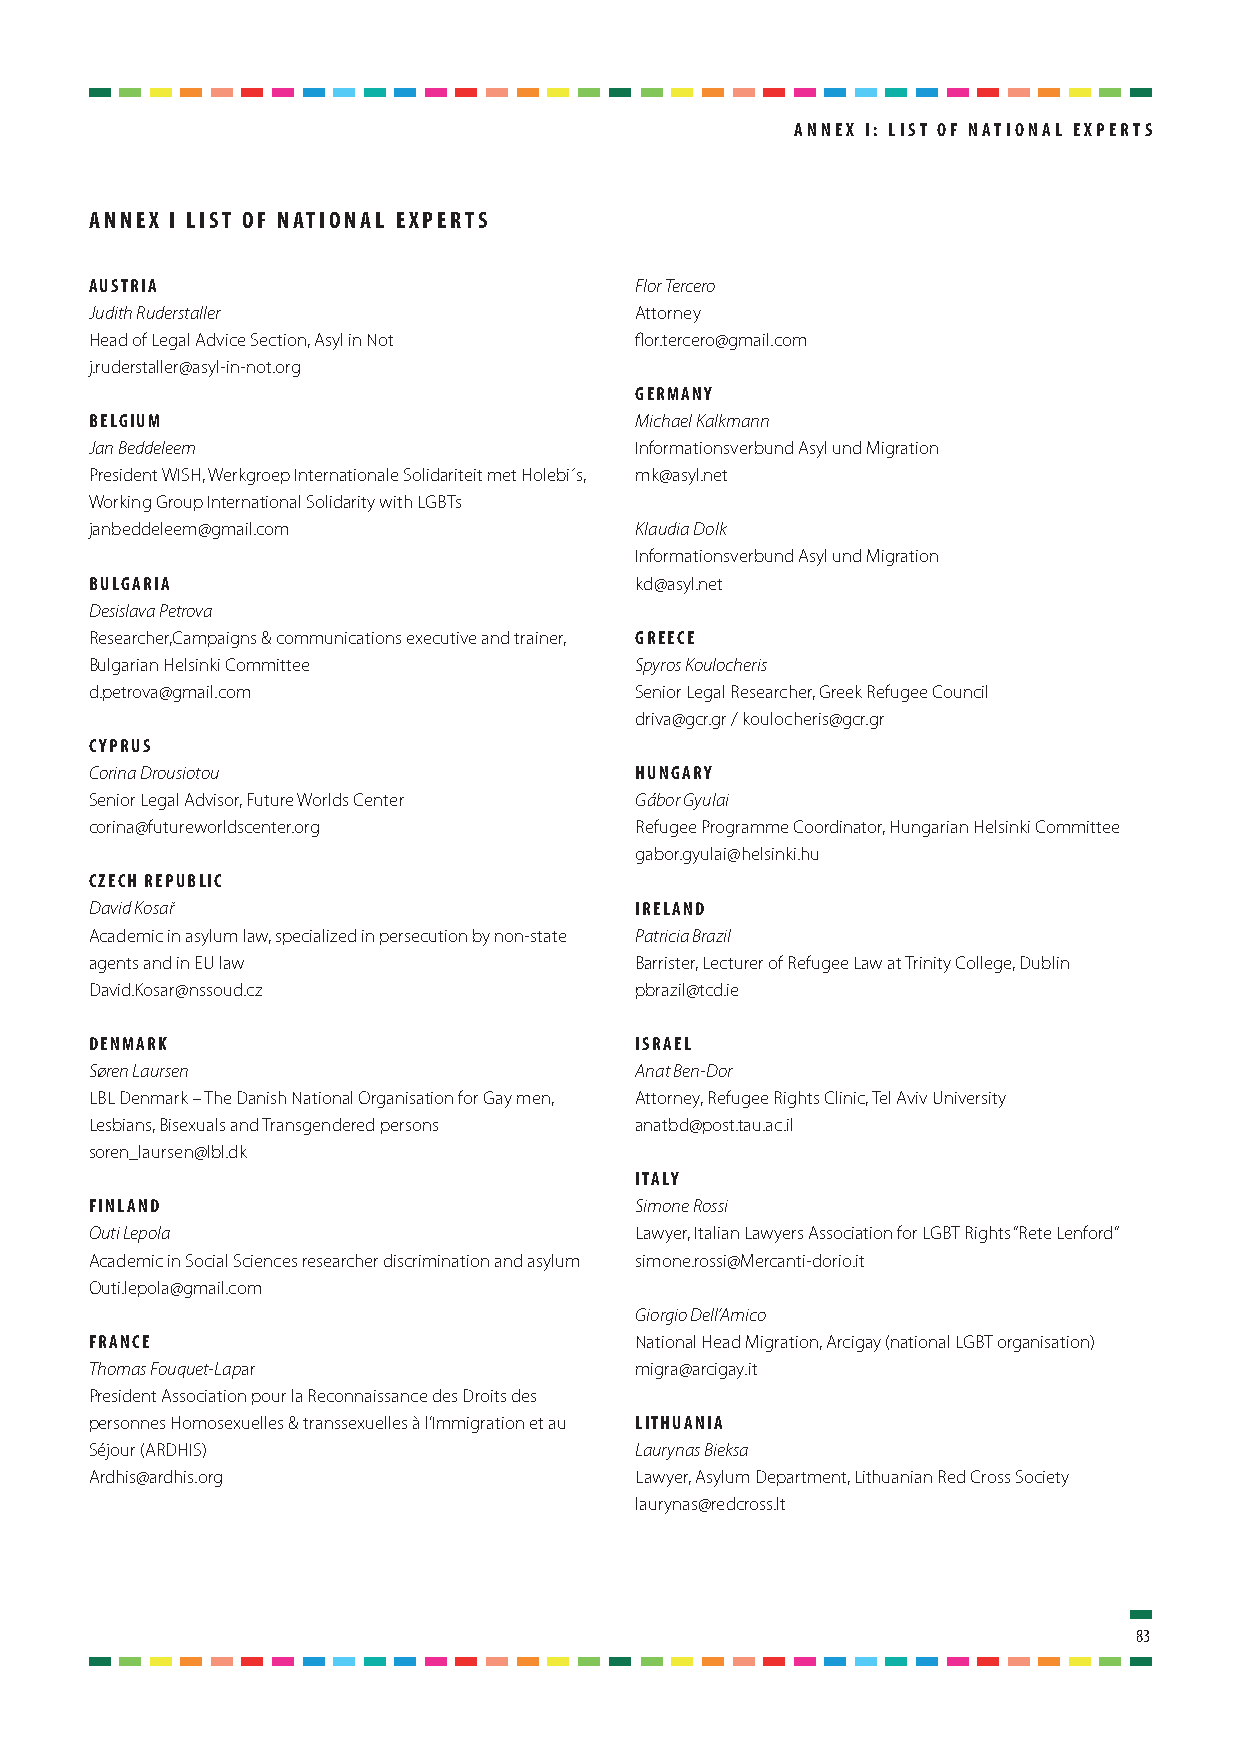
annEx i: liSt of national ExpErtS
 annEx i liSt of national ExpErtS
 auStria                             Flor Tercero
 Judith Ruderstaller                 Attorney
 Head of Legal Advice Section, Asyl in Not flor.tercero@gmail.com
 j.ruderstaller@asyl-in-not.org
 GErmany
 BElGium                             Michael Kalkmann
 Jan Beddeleem                       Informationsverbund Asyl und Migration
 President WISH, Werkgroep Internationale Solidariteit met Holebi´s, mk@asyl.net
 Working Group International Solidarity with LGBTs
 janbeddeleem@gmail.com              Klaudia Dolk
 Informationsverbund Asyl und Migration
 BulGaria                            kd@asyl.net
 Desislava Petrova
 Researcher,Campaigns & communications executive and trainer, GrEEcE
 Bulgarian Helsinki Committee        Spyros Koulocheris
 d.petrova@gmail.com                 Senior Legal Researcher, Greek Refugee Council
 driva@gcr.gr / koulocheris@gcr.gr
 cypruS
 Corina Drousiotou                   hunGary
 Senior Legal Advisor, Future Worlds Center Gábor Gyulai
 corina@futureworldscenter.org       Refugee Programme Coordinator, Hungarian Helsinki Committee
 gabor.gyulai@helsinki.hu
 czEch rEpuBlic
 David Kosař                         irEland
 Academic in asylum law, specialized in persecution by non-state Patricia Brazil
 agents and in EU law                Barrister, Lecturer of Refugee Law at Trinity College, Dublin
 David.Kosar@nssoud.cz               pbrazil@tcd.ie
 dEnmark                             iSraEl
 Søren Laursen                       Anat Ben-Dor
 LBL Denmark – The Danish National Organisation for Gay men, Attorney, Refugee Rights Clinic, Tel Aviv University
 Lesbians, Bisexuals and Transgendered persons anatbd@post.tau.ac.il
 soren_laursen@lbl.dk
 italy
 finland                             Simone Rossi
 Outi Lepola                         Lawyer, Italian Lawyers Association for LGBT Rights “Rete Lenford”
 Academic in Social Sciences researcher discrimination and asylum simone.rossi@Mercanti-dorio.it
 Outi.lepola@gmail.com
 Giorgio Dell’Amico
 francE                              National Head Migration, Arcigay (national LGBT organisation)
 Thomas Fouquet-Lapar                migra@arcigay.it
 President Association pour la Reconnaissance des Droits des
 personnes Homosexuelles & transsexuelles à l’Immigration et au lithuania
 Séjour (ARDHIS)                     Laurynas Bieksa
 Ardhis@ardhis.org                   Lawyer, Asylum Department, Lithuanian Red Cross Society
 laurynas@redcross.lt
 83